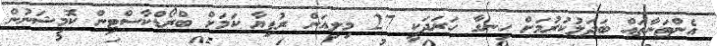
އެންޓަނާތައް ބަދަލުކުރުމަށް ހިނގާ ހަރަދަކީ 27 މިލިއަން ރުފިޔާ ކަމަށް ބްރޯޑްކާސްޓިން ކޮމިޝަނުން